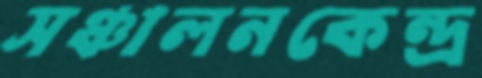
সঞ্চালনকেন্দ্র